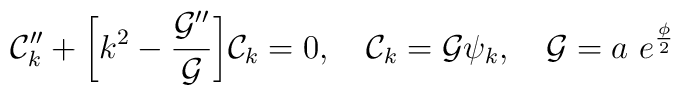
{\cal C}_{k}'' + \biggl[ k^2 - \frac{{\cal G}''}{{\cal G}}\biggr] {\cal C}_{k}=0,~~~{\cal C}_{k} = {\cal G} \psi_{k},~~~{\cal G} = a ~e^{\frac{\phi}{2}}